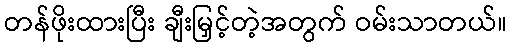
တန်ဖိုးထားပြီး ချီးမြှင့်တဲ့အတွက် ဝမ်းသာတယ်။